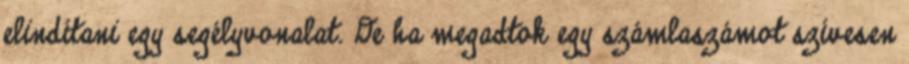
elindítani egy segélyvonalat. De ha megadtok egy számlaszámot szívesen